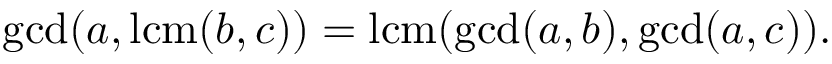
\operatorname* { g c d } ( a , \operatorname { l c m } ( b , c ) ) = \operatorname { l c m } ( \operatorname* { g c d } ( a , b ) , \operatorname* { g c d } ( a , c ) ) .